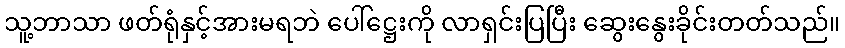
သူ့ဘာသာ ဖတ်ရုံနှင့်အားမရဘဲ ပေါ်ဋ္ဌေးကို လာရှင်းပြပြီး ဆွေးနွေးခိုင်းတတ်သည်။